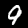
Label: 9